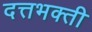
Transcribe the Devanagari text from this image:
दत्तभक्ती